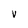
Character: v